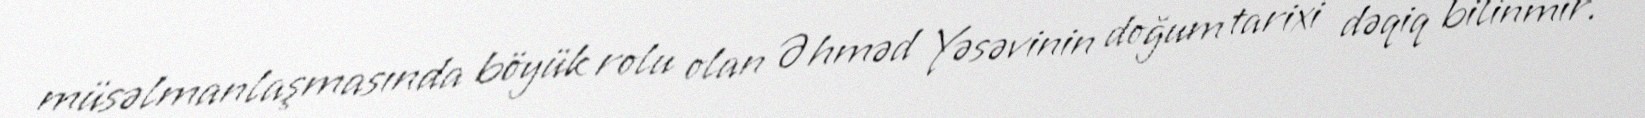
müsəlmanlaşmasında böyük rolu olan Əhməd Yəsəvinin doğum tarixi dəqiq bilinmir.